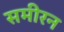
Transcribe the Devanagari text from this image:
समीरन